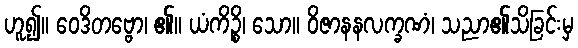
ဟူ၍။ ဝေဒိတဗ္ဗော၊ ၏။ ယံကိဉ္စိ၊ သော။ ဝိဇာနနလက္ခဏံ၊ သညာ၏သိခြင်းမှ